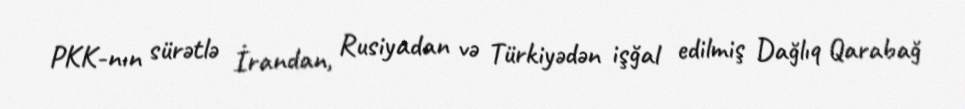
PKK-nın sürətlə İrandan, Rusiyadan və Türkiyədən işğal edilmiş Dağlıq Qarabağ